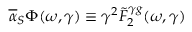
\overline { { { \alpha } } } _ { S } \Phi ( \omega , \gamma ) \equiv \gamma ^ { 2 } \tilde { F } _ { 2 } ^ { \gamma g } ( \omega , \gamma )